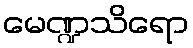
မေဏ္ဍသိရော